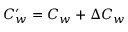
C _ { w } ^ { \prime } = C _ { w } + \Delta C _ { w }